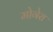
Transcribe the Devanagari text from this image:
मोगेरा